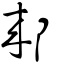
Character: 郲